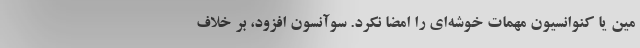
مین یا کنوانسیون مهمات خوشه‌ای را امضا نکرد. سوآنسون افزود، بر خلاف